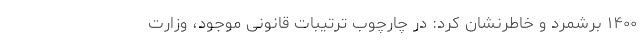
۱۴۰۰ برشمرد و خاطرنشان کرد: در چارچوب ترتیبات قانونی موجود، وزارت